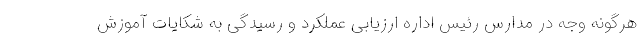
هرگونه وجه در مدارس رئیس اداره ارزیابی عملکرد و رسیدگی به شکایات آموزش